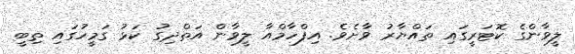
ލީވާންގެ ކޮޓަރީގައި ތައްޔާރު ވާށެވެ. އިފްހާމްއާ ލީވާން އަތްދިގު ކަޅު ގަމީހުގައި ތިބީ